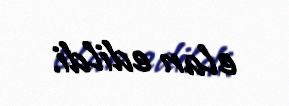
elan edildi.